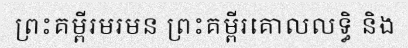
ព្រះគម្ពីរមរមន ព្រះគម្ពីរគោលលទ្ធិ និង